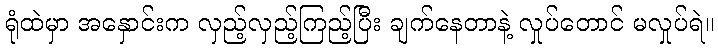
ရုံထဲမှာ အနှောင်းက လှည့်လှည့်ကြည့်ပြီး ချက်နေတာနဲ့ လှုပ်တောင် မလှုပ်ရဲ။